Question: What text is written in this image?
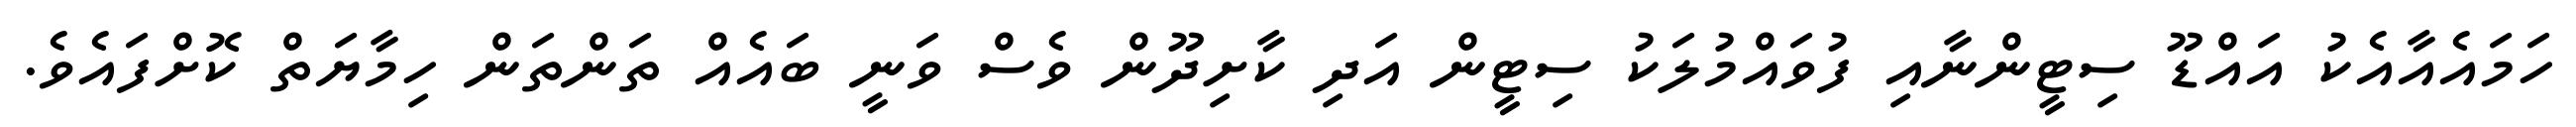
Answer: ހަމައެއާއެކު އައްޑޫ ސިޓީންނާއި ފުވައްމުލަކު ސިޓީން އަދި ކާށިދޫން ވެސް ވަނީ ބައެއް ތަންތަން ހިމާޔަތް ކޮށްފައެވެ.